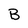
Character: B